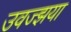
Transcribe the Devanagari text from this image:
उवज्झया